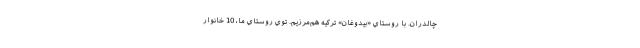
چالدران. با روستاي «بيدوغان» تركيه هم‌مرزيم. توي روستاي ما، 10 خانوار